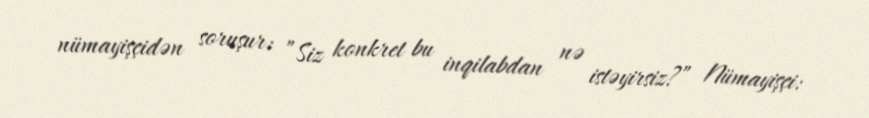
nümayişçidən soruşur: ”Siz konkret bu inqilabdan nə istəyirsiz?” Nümayişçi: